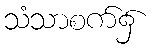
သံသာစက်၌